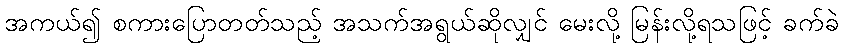
အကယ်၍ စကားပြောတတ်သည့် အသက်အရွယ်ဆိုလျှင် မေးလို့ မြန်းလို့ရသဖြင့် ခက်ခဲ